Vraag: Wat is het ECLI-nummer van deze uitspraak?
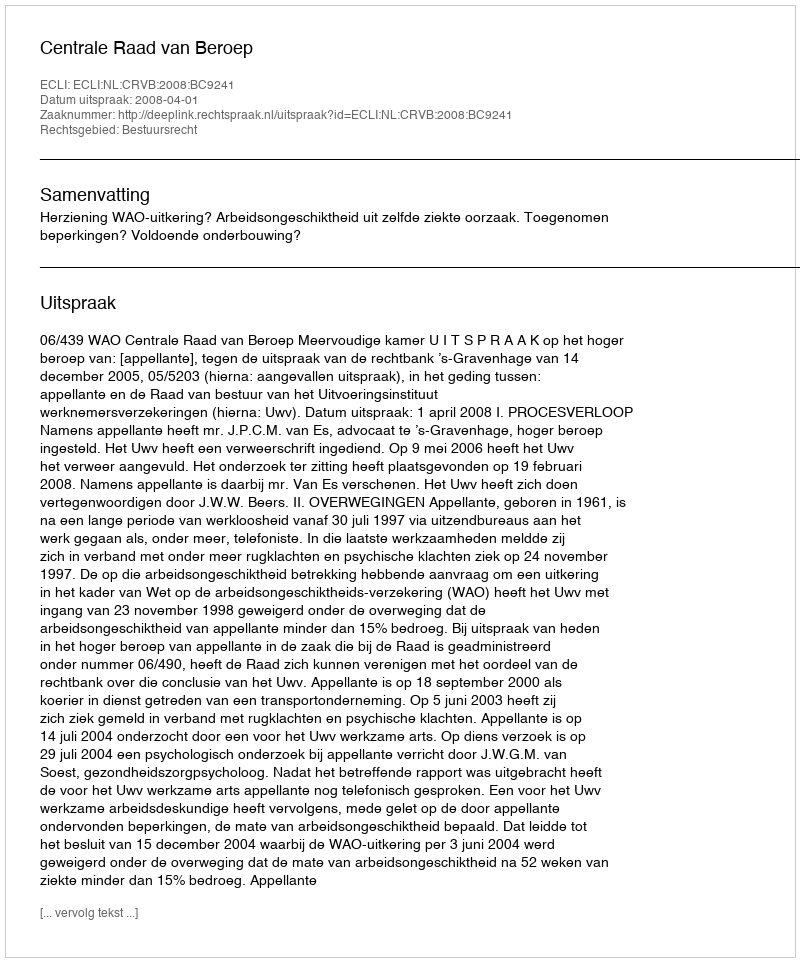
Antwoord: ECLI:NL:CRVB:2008:BC9241